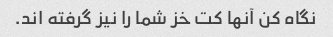
نگاه کن آنها کت خز شما را نیز گرفته اند.